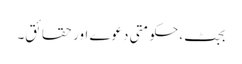
بجٹ، حکومتی دعوے اور حقائق۔